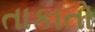
તાકાતો